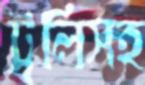
ট্রলিসহ